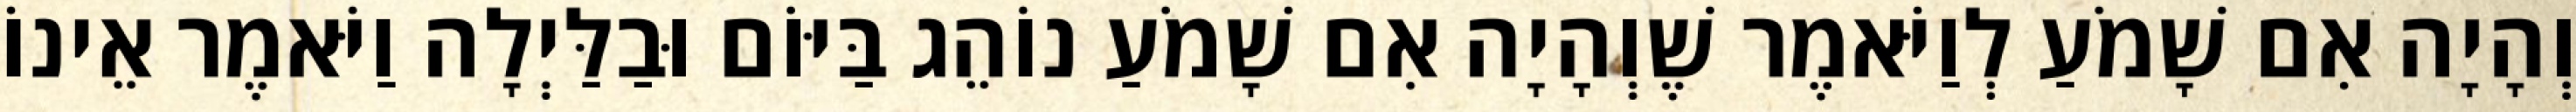
וְהָיָה אִם שָׁמֹעַ לְוַיֹּאמֶר שֶׁוְהָיָה אִם שָׁמֹעַ נוֹהֵג בַּיּוֹם וּבַלַּיְלָה וַיֹּאמֶר אֵינוֹ